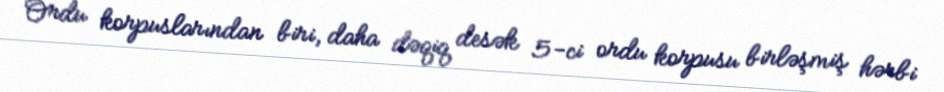
Ordu korpuslarından biri, daha dəqiq desək 5-ci ordu korpusu birləşmiş hərbi